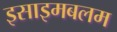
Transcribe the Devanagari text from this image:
इसाइमबलम